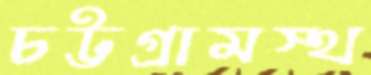
চট্টগ্রামস্থ